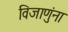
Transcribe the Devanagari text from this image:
विजाणुंना